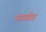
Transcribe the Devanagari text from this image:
पडावेत